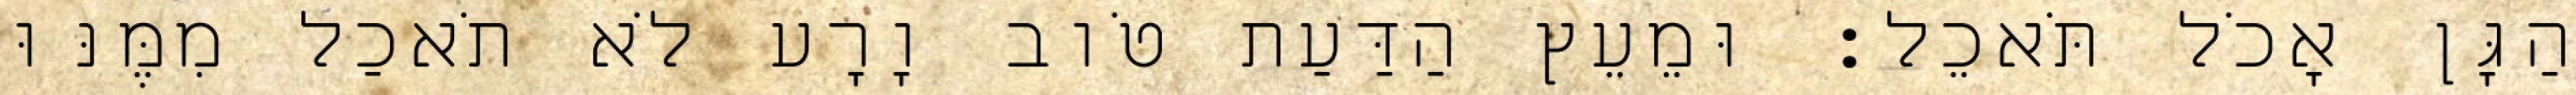
הַגָּן אָכֹל תֹּאכֵל׃ וּמֵעֵץ הַדַּעַת טֹוב וָרָע לֹא תֹאכַל מִמֶּנּוּ